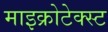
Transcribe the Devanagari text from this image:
माइक्रोटेक्स्ट